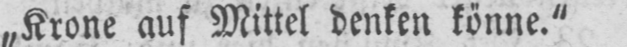
„Krone auf Mittel denken könne.“